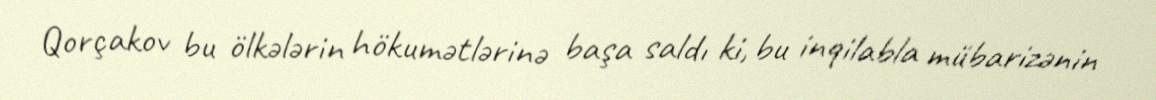
Qorçakov bu ölkələrin hökumətlərinə başa saldı ki, bu inqilabla mübarizənin